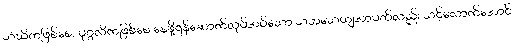
သံဃိကဖြစ်စေ, ပုဂ္ဂလိကဖြစ်စေ နေဖို့ရန်ဆောက်လုပ်အပ်သော သဟသေယျအာပတ်လည်း သင့်လောက်အောင်